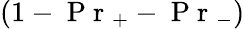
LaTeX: \left(1-\mathrm{~P~r~}_{+}-\mathrm{~P~r~}_{-}\right)